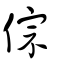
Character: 倧